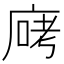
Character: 𫷶